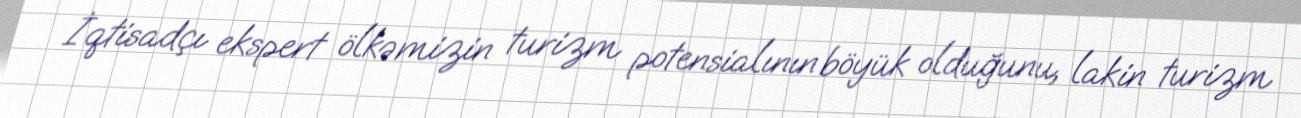
İqtisadçı ekspert ölkəmizin turizm potensialının böyük olduğunu, lakin turizm